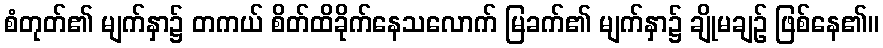
စံတုတ်၏ မျက်နှာ၌ တကယ် စိတ်ထိခိုက်နေသလောက် မြခက်၏ မျက်နှာ၌ ချိုမချဉ် ဖြစ်နေ၏။